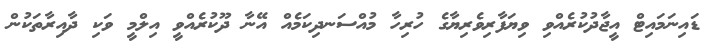
ޑައިނަމައިޓް އީޖާދުކުރެއްވި ވިޔަފާރިވެރިޔާގެ ހުރިހާ މުއްސަނދިކަމެއް އޭނާ ދޫކުރެއްވީ އިލްމީ ވަކި ދާއިރާތަކުން